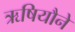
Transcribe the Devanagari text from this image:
ऋषियौने